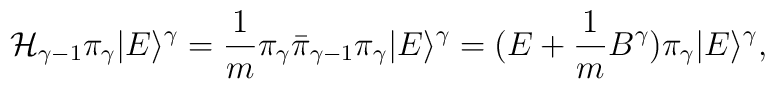
{\mathcal{H}}_{\gamma-1}\pi_{\gamma}|E\rangle^{\gamma}=\frac{1}{m}\pi_{\gamma}\bar{\pi}_{\gamma-1}\pi_{\gamma}|E\rangle^{\gamma}=(E+\frac{1}{m}B^{\gamma})\pi_{\gamma}|E\rangle^{\gamma},